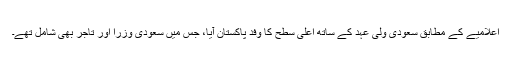
اعلامیے کے مطابق سعودی ولی عہد کے ساتھ اعلیٰ سطح کا وفد پاکستان آیا، جس میں سعودی وزرا اور تاجر بھی شامل تھے۔